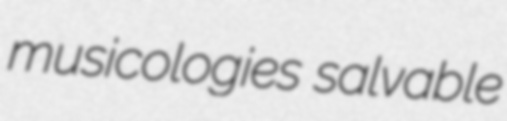
musicologies salvable